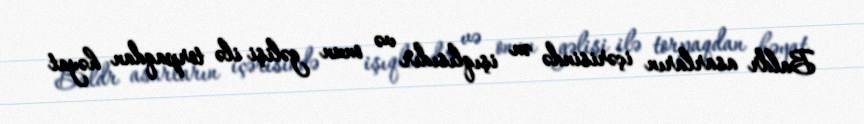
Baldr asarların içərisində ən işıqlısıdır və onun gəlişi ilə torpaqdan həyat